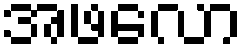
အဖလော